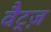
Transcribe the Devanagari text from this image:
वैट्ज़